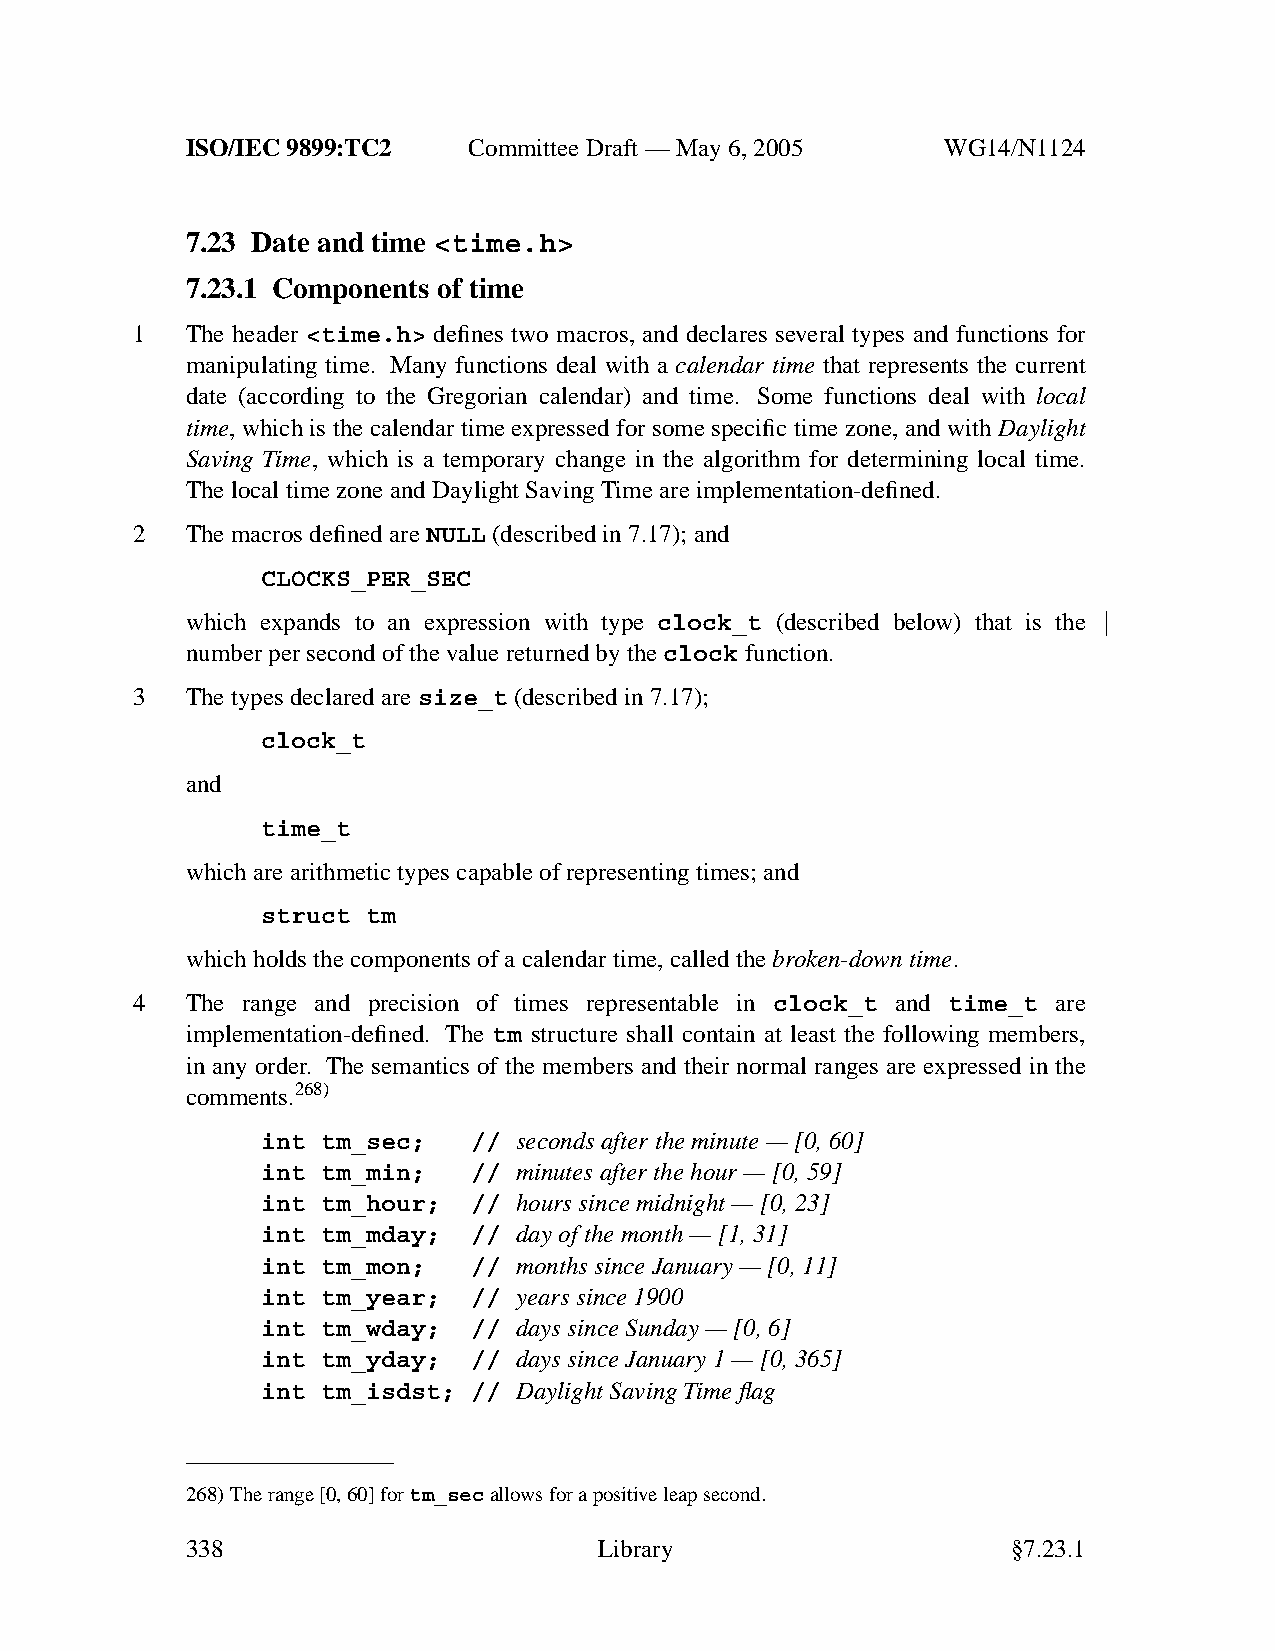
ISO/IEC 9899:TC2   Committee Draft — May 6, 2005   WG14/N1124
 7.23 Date and time <time.h>
 7.23.1 Components of time
 1  The header <time.h> defines two macros, and declares several types and functions for
 manipulating time. Many functions deal with a calendar time that represents the current
 date (according to the Gregorian calendar) and time. Some functions deal with local
 time, which is the calendar time expressed for some specific time zone, and with Daylight
 Saving Time, which is a temporary change in the algorithm for determining local time.
 The local time zone and Daylight Saving Time are implementation-defined.
 2  The macros defined are NULL (described in 7.17); and
 CLOCKS_PER_SEC
 which expands to an expression with type clock_t (described below) that is the
 number per second of the value returned by the clock function.
 3  The types declared are size_t (described in 7.17);
 clock_t
 and
 time_t
 which are arithmetic types capable of representing times; and
 struct tm
 which holds the components of a calendar time, called the broken-down time.
 4  The range and precision of times representable in clock_t and time_t are
 implementation-defined. The tm structure shall contain at least the following members,
 in any order. The semantics of the members and their normal ranges are expressed in the
 comments.268)
 int tm_sec;   // seconds after the minute — [0, 60]
 int tm_min;   // minutes after the hour — [0, 59]
 int tm_hour;  // hourssince midnight — [0, 23]
 int tm_mday;  // day of the month — [1, 31]
 int tm_mon;   // months since January — [0, 11]
 int tm_year;  // yearssince 1900
 int tm_wday;  // days since Sunday — [0, 6]
 int tm_yday;  // days since January 1 — [0, 365]
 int tm_isdst; // Daylight Saving Time flag
 268)The range [0, 60] fortm_secallows for a positive leap second.
 338                         Library                    §7.23.1